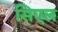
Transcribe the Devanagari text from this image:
सिएल